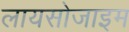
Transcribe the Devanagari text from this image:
लायसोजाइम